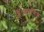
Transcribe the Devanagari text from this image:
हैं।अपवित्र